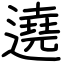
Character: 遶